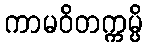
ကာမဝိတက္ကမ္ပိ